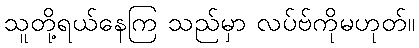
သူတို့ရယ်နေကြ သည်မှာ လပ်ဗ်ကိုမဟုတ်။